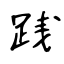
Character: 践